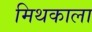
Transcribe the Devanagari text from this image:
मिथकाला